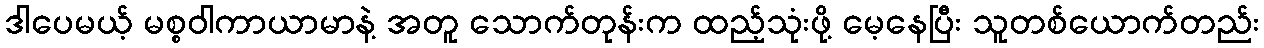
ဒါပေမယ့် မစ္စဝါကာယာမာနဲ့ အတူ သောက်တုန်းက ထည့်သုံးဖို့ မေ့နေပြီး သူတစ်ယောက်တည်း